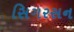
સિગરસન